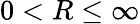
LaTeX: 0<R\leq\infty